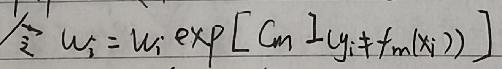
\[ \hat{w}_i = w_i \exp\left[ C_m \mathbb{I}(y_i \neq f_m(x_i)) \right] \]